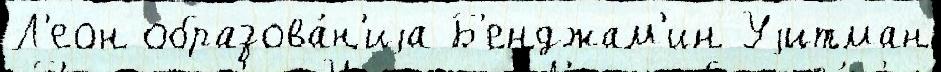
Л'еон образова́н'иjа Б'енджам'ин Уjитман